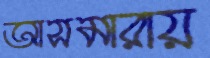
আসমারায়